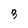
Character: 3